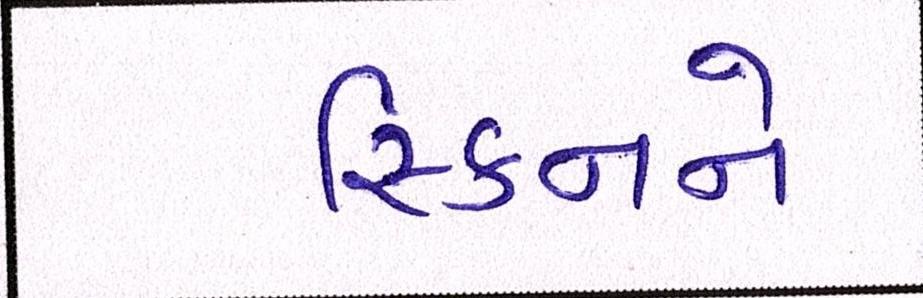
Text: સ્કિનને